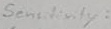
Text: Sensitivity